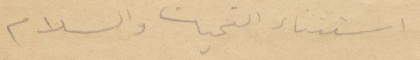
استثناء التيحة والسلام